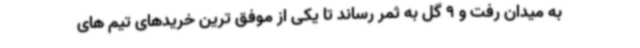
به میدان رفت و 9 گل به ثمر رساند تا یکی از موفق ترین خریدهای تیم های